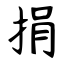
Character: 捐